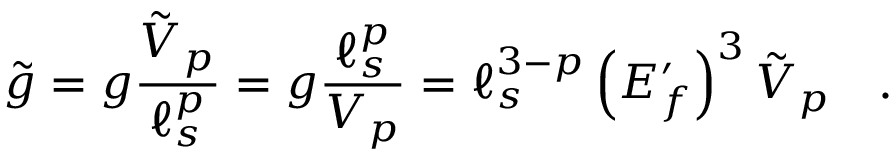
{ \tilde { g } } = g { \frac { { \tilde { V } } _ { p } } { \ell _ { s } ^ { p } } } = g { \frac { \ell _ { s } ^ { p } } { V _ { p } } } = \ell _ { s } ^ { 3 - p } \left( E _ { f } ^ { \prime } \right) ^ { 3 } { \tilde { V } } _ { p } \quad .